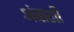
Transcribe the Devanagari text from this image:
अंबाशी